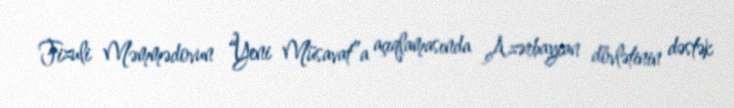
Fizuli Məmmədovun “Yeni Müsavat”a açıqlamasında Azərbaycan dövlətinin dəstək